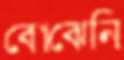
বোঝেনি